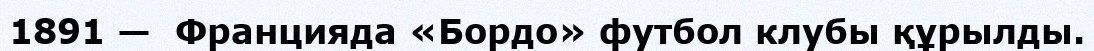
1891 —  Францияда «Бордо» футбол клубы құрылды.